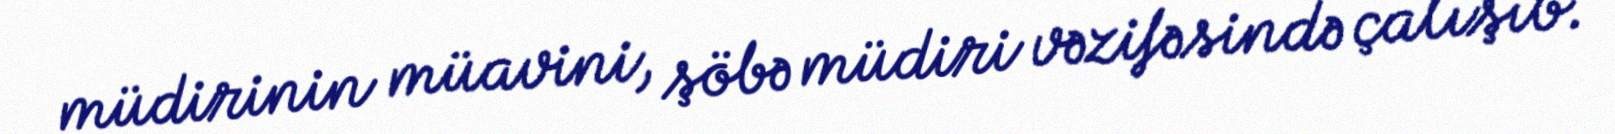
müdirinin müavini, şöbə müdiri vəzifəsində çalışıb.